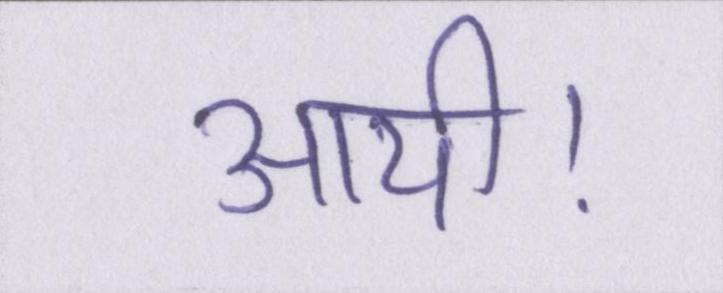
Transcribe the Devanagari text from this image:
आयी।